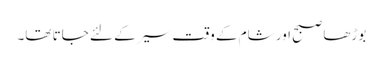
بوڑھا صبح اور شام کے وقت سیر کے لئے جاتا تھا۔